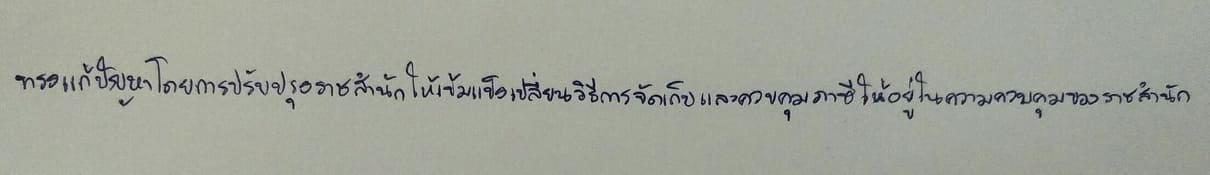
ทรงแก้ปัญหาโดยการปรับปรุงราชสำนักให้เข้มแข็งเปลี่ยนวิธีการจัดเก็บและควบคุมภาษีให้อยู่ในความควบคุมของราชสำนัก